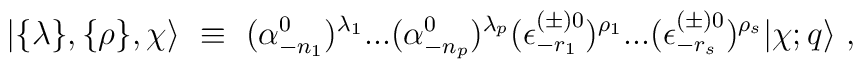
\vert\{\lambda\},\{\rho\},\chi\rangle{}~\equiv{}~ (\alpha^0_{-{n_1}})^{\lambda_1}...(\alpha^0_{-{n_p}})^{\lambda_p} (\epsilon^{(\pm)0}_{-r_1})^{\rho_1}...(\epsilon^{(\pm)0}_{-r_s})^{\rho_s} \vert\chi;q\rangle{}~,